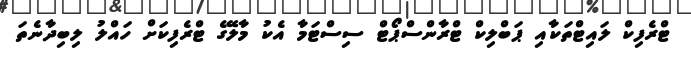
ޓްރެފިކް ލައިޓްތަކާއި ޕަބްލިކް ޓްރާންސްޕޯޓް ސިސްޓަމާ އެކު މާލޭގެ ޓްރެފިކަށް ހައްލު ލިބިދާނެތަ